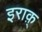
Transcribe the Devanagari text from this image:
इराक़्